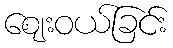
ဈေးဝယ်ခြင်း